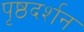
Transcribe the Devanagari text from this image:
पृष्ठदर्शन